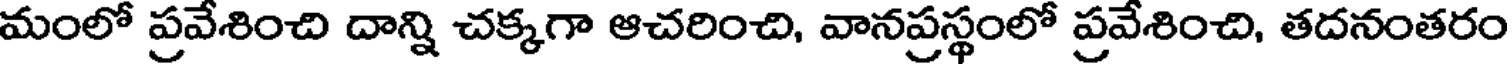
మంలో ప్రవేశించి దాన్ని చక్కగా ఆచరించి, వానప్రస్థంలో ప్రవేశించి, తదనంతరం